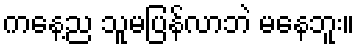
ကနေ့ည သူမပြန်လာဘဲ မနေဘူး။